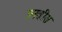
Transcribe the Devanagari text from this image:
उनत्तीस